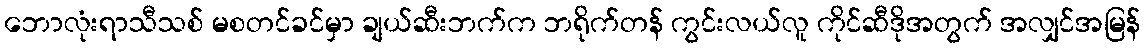
ဘောလုံးရာသီသစ် မစတင်ခင်မှာ ချယ်ဆီးဘက်က ဘရိုက်တန် ကွင်းလယ်လူ ကိုင်ဆီဒိုအတွက် အလျှင်အမြန်